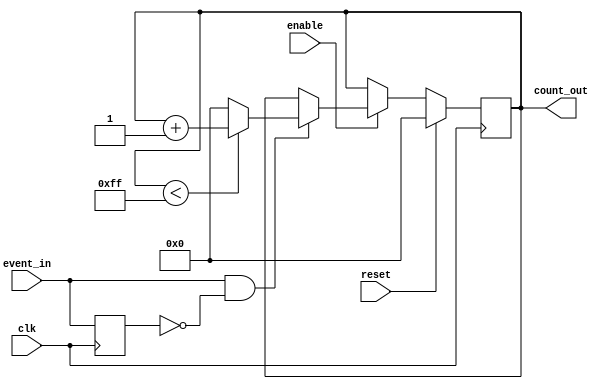
module event_triggered_counter #(
    parameter COUNT_WIDTH = 8, // Width of the count output (adjust as needed)
    parameter MAX_COUNT = (1 << COUNT_WIDTH) - 1 // Maximum count value for the counter
)(
    input wire clk,           // Clock signal
    input wire reset,         // Active high reset signal
    input wire enable,        // Active high enable signal
    input wire event_in,      // Event signal to trigger the count
    output reg [COUNT_WIDTH-1:0] count_out // Count output
);

// Internal signal to detect rising edge of the event signal
reg event_in_prev;

// Always block for synchronous functionality
always @(posedge clk) begin
    if (reset) begin
        // Reset the counter to zero
        count_out <= 0;
    end else if (enable) begin
        // Detect rising edge of event_in
        if (event_in && !event_in_prev) begin
            // Increment the count if not at maximum
            if (count_out < MAX_COUNT) 
                count_out <= count_out + 1;
            else
                count_out <= 0; // Wrap around to zero
        end
    end
    event_in_prev <= event_in; // Update previous event_in
end

endmodule